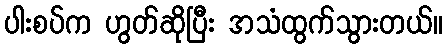
ပါးစပ်က ဟွတ်ဆိုပြီး အသံထွက်သွားတယ်။